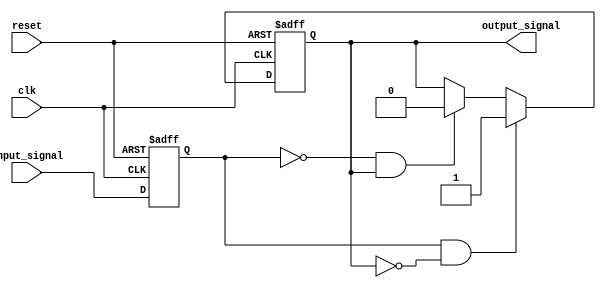
module Schmitt_trigger_buffer (
    input wire clk,
    input wire reset,
    input wire input_signal,
    output reg output_signal
);

reg reg_input_signal;

always @(posedge clk or posedge reset) begin
    if (reset) begin
        reg_input_signal <= 1'b0;
    end else begin
        reg_input_signal <= input_signal;
    end
end

always @(posedge clk or posedge reset) begin
    if (reset) begin
        output_signal <= 1'b0;
    end else begin
        if (reg_input_signal && !output_signal) begin
            output_signal <= 1'b1;
        end else if (!reg_input_signal && output_signal) begin
            output_signal <= 1'b0;
        end
    end
end

endmodule